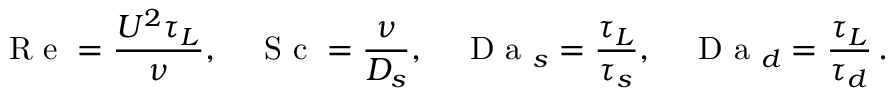
\textrm { R e } = \frac { U ^ { 2 } \tau _ { L } } { \nu } , \quad \textrm { S c } = \frac { \nu } { D _ { s } } , \quad \textrm { D a } _ { s } = \frac { \tau _ { L } } { \tau _ { s } } , \quad \textrm { D a } _ { d } = \frac { \tau _ { L } } { \tau _ { d } } \, .